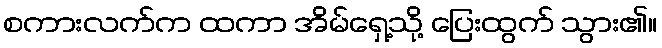
စကားလက်က ထကာ အိမ်ရှေ့သို့ ပြေးထွက် သွား၏။